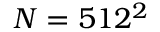
N = 5 1 2 ^ { 2 }